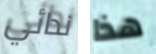
ندائي هذا